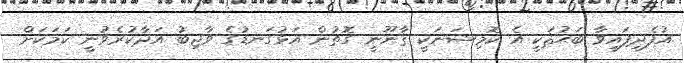
.އުފެދިފައިވާ ބަޙުޘަކީ އެ ކޮމިޝަނަކީ ޤާނޫނީ ގޮތުން އަޅުގަނޑުގެ ވާޖިބު އަދާކުރެވުނީ ކަމަކަށް